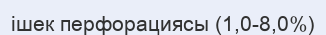
ішек перфорациясы (1,0-8,0%)